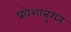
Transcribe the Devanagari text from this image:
प्रवेशानुगत